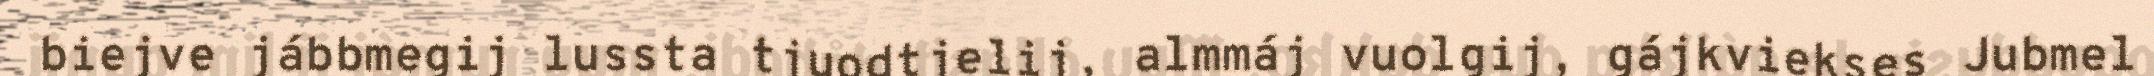
biejve jábbmegij lussta tjuodtjelij, almmáj vuolgij, gájkviekses Jubmel